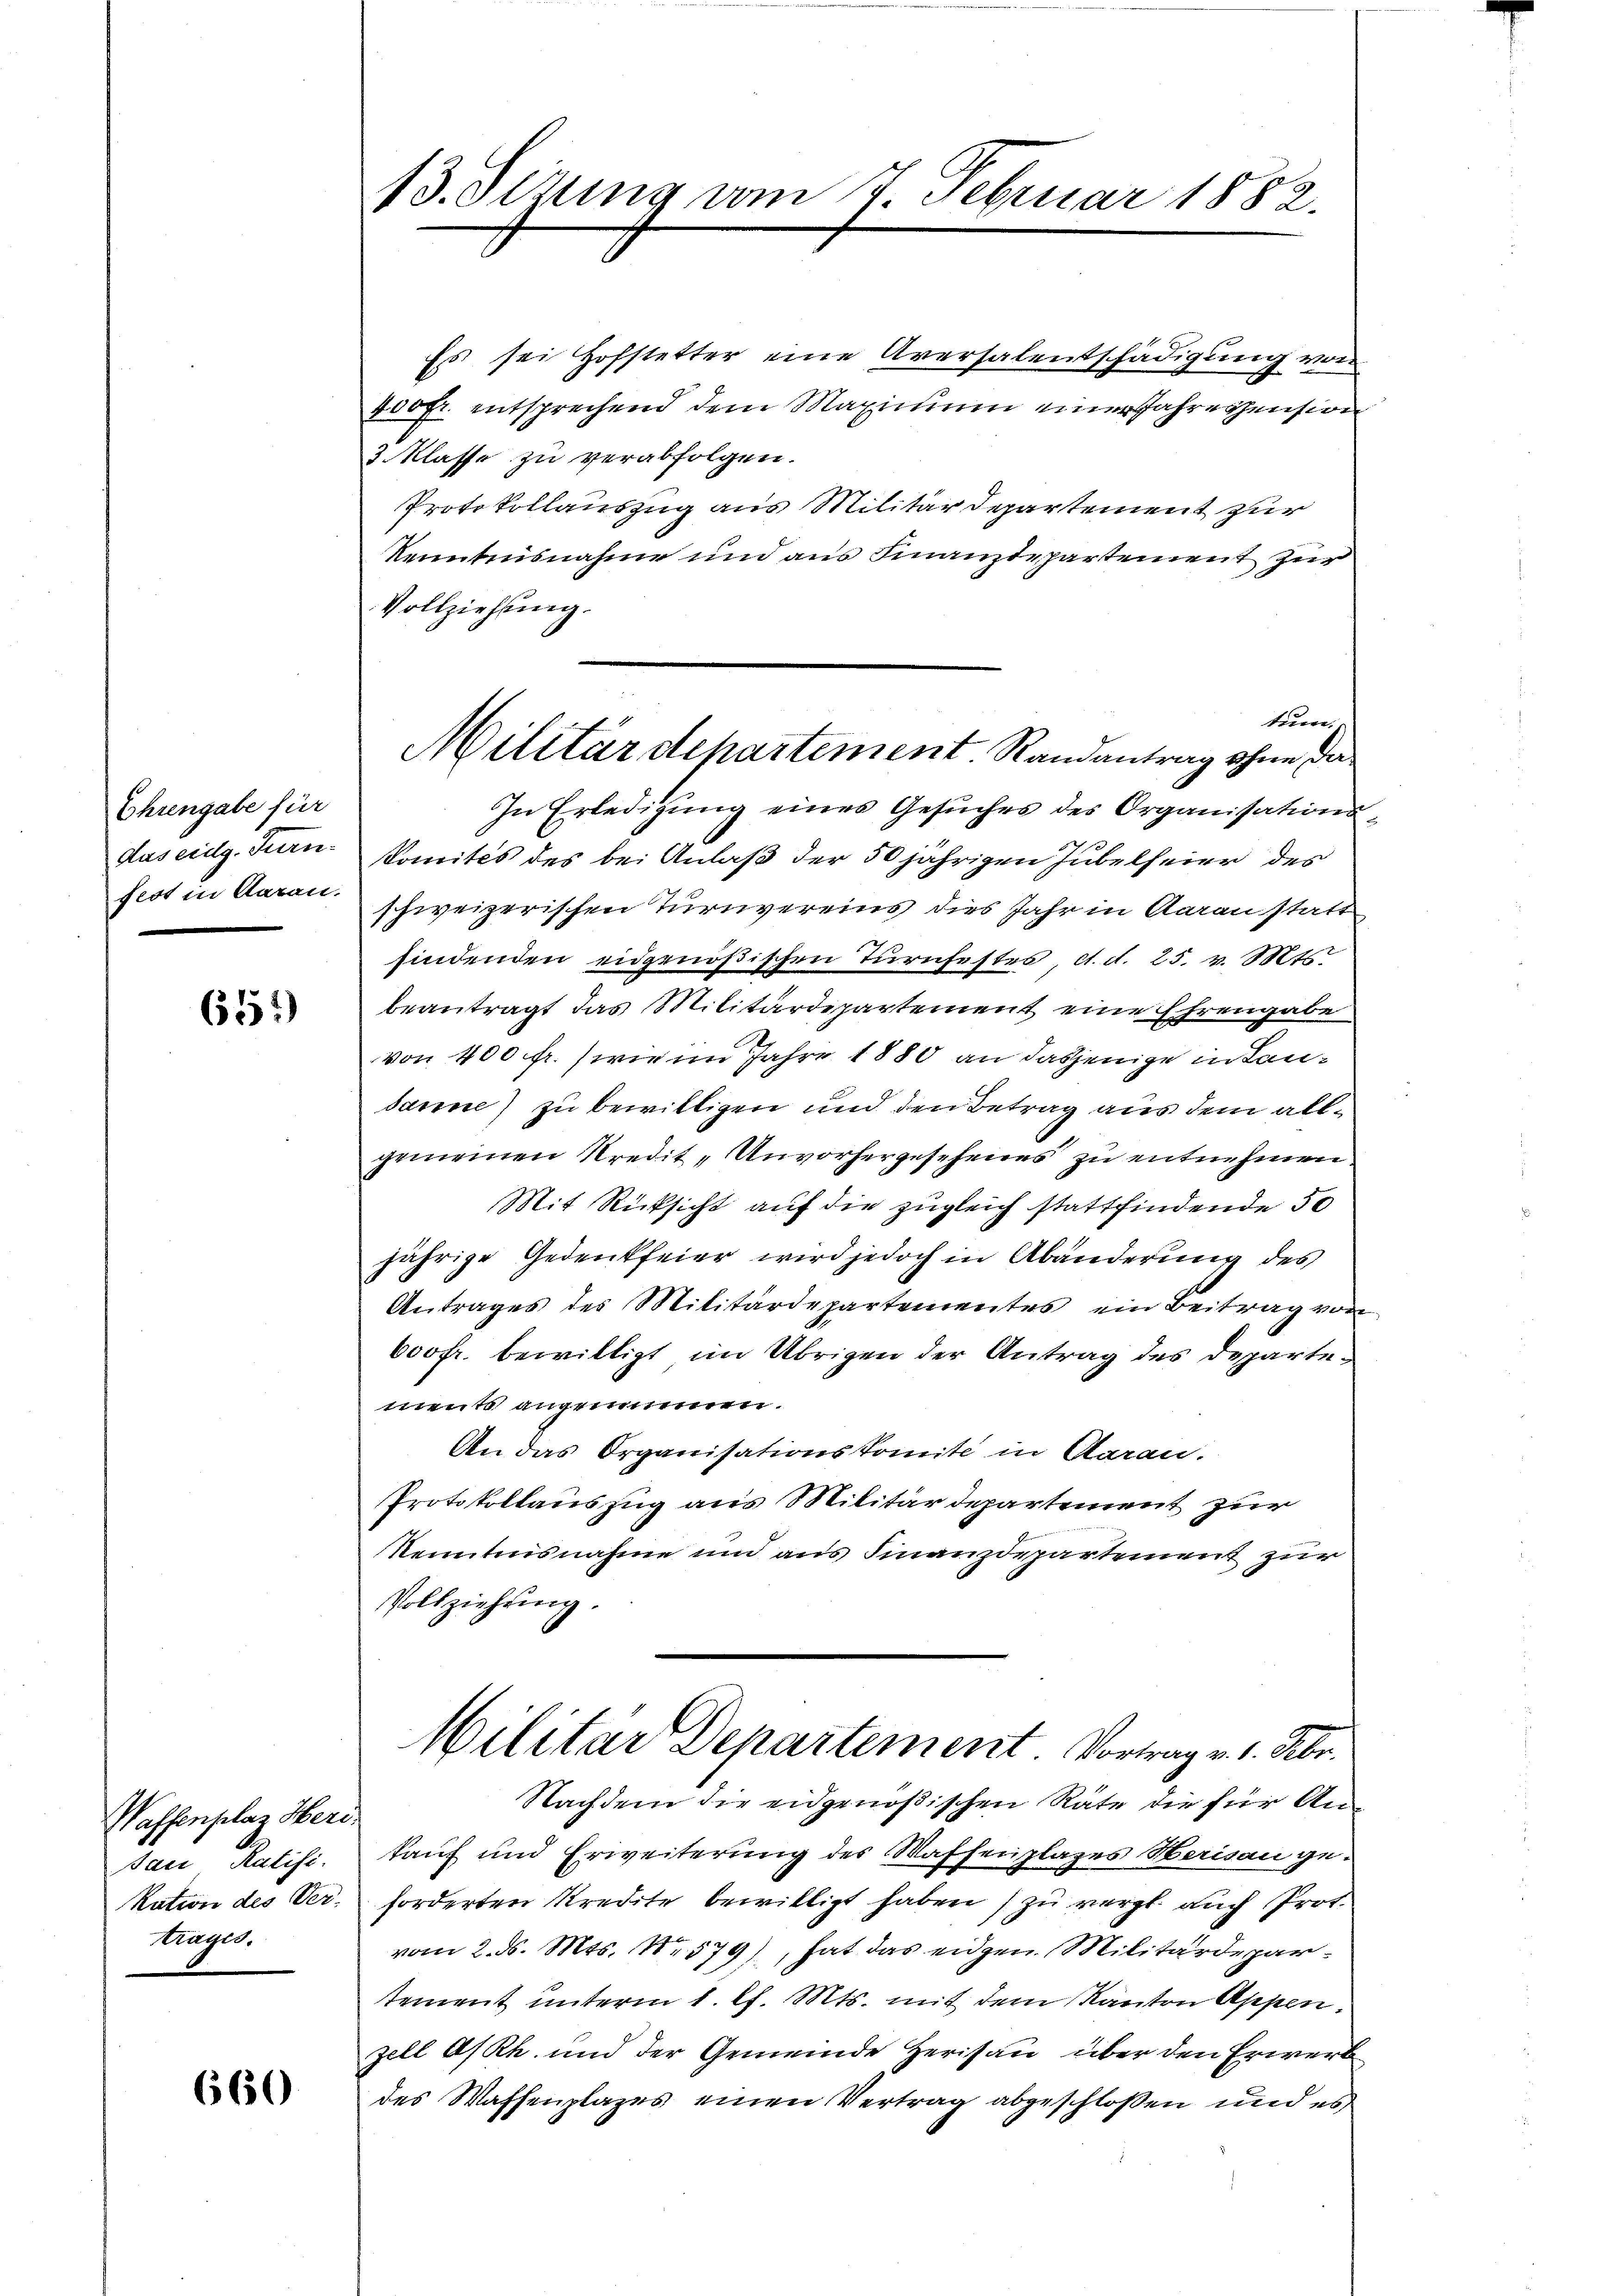
Ehrengabe für
das eidg. Turn.
fest in daran.

611)

Waffenplaz Herr
Dan Kalist.
kation des Ver¬
Kragen.

660

13. Sezung vom 7. Februar 1882.

Es sei Hofstetter eine Aversalentschädigung von
400 Fr. entsprechend dem Maximum einer Jahreszension
3. Klasse zu verabfolgen.
Protokollauszug aus Militär Departement zur
kenntnisnahme und aus Finanzdepartement zur
Vollziehung.
In Erledigung eines Gesuches des Organisations
Comités des bei Anlaß der 50 jährigen Jubelfeier des
schweizerischen Turnvereins dies Jahr in Aarau statt,
findenden eidgenößischen Turnfestes d. d. 25. v. Mts.
beantragt das Militärdepartement eine Ehrengabe
von 400 fr. wie im Jahre 1880 an dasjenige in Landanne) zu bewilligen und den Betrag aus dem allgemeinen Kredit, Unvorhergesehenes zu entnehmen,
Mit Rücksicht auf die zugleich stattfindende 50
jährige Gedenkfeier wird jedoch in Abänderung des
Antrages des Militärdepartementes ein Beitrag von
600 fr. bewilligt im Übrigen der Antrag des Departements angenommen.
An das Organisationskomite in Aarau.
Protokollauszug aus Militärdepartement zur
Kenntnisnahme und aus Finanzdepartement zur
Vollziehung.
Militar Departement Vortrag v. 1. Febr.
Nachdem die eidgenößischen Räte die für Ankauf und Erweiterung des Waffenplages Herisau geforderten Kredite bewilligt haben, zu vergl. auch Prot.
vom 2. ds. Mts. 1. 579), hat das eidgen. Militärdepartement unterm 1. k. Mts. mit dem Kanton Appenzell A/Rh. und der Gemeinde Herisau über den Erwert
des Waffenplazes einen Vertrag abgeschloßen und es

terren
Militärdepartement. Randantrag ohne Dä¬